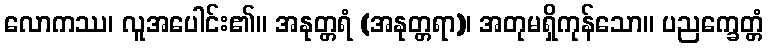
လောကဿ၊ လူအပေါင်း၏။ အနုတ္တရံ (အနုတ္တရာ)၊ အတုမရှိကုန်သော။ ပညက္ခေတ္တံ